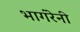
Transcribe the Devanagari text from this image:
भागंरेनी